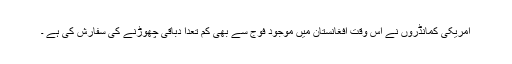
امریکی کمانڈروں نے اس وقت افغانستان میں موجود فوج سے بھی کم تعدا دباقی چھوڑنے کی سفارش کی ہے ۔